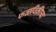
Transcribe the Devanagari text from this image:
फळविक्रीचा